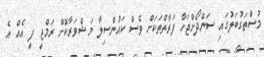
މުސްތަގުބަލުގައި ސަންދޯށްޖަހާ ފަރާތްތަކަށް ވެސް ކައުންސިލާ މަޝްވަރާކޮށް ރަމްޒީ ފީ އެެއް އެ